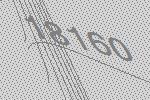
18160